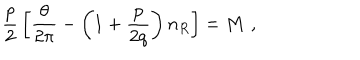
{ \frac { p } { 2 } } \left[ { \frac { \theta } { 2 \pi } } - \left( 1 + { \frac { p } { 2 q } } \right) n _ { R } \right] = M \, \, ,